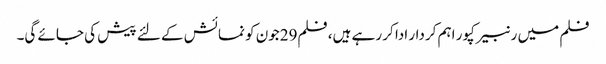
فلم میں رنبیر کپور اہم کردار ادا کر رہے ہیں، فلم29جون کو نمائش کے لئے پیش کی جائے گی۔